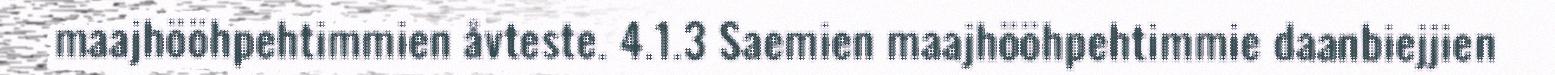
maajhööhpehtimmien åvteste. 4.1.3 Saemien maajhööhpehtimmie daanbiejjien